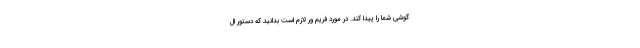
گوشی شما را پیدا کند. در مورد فریم ور لازم است بدانید که دستور ال